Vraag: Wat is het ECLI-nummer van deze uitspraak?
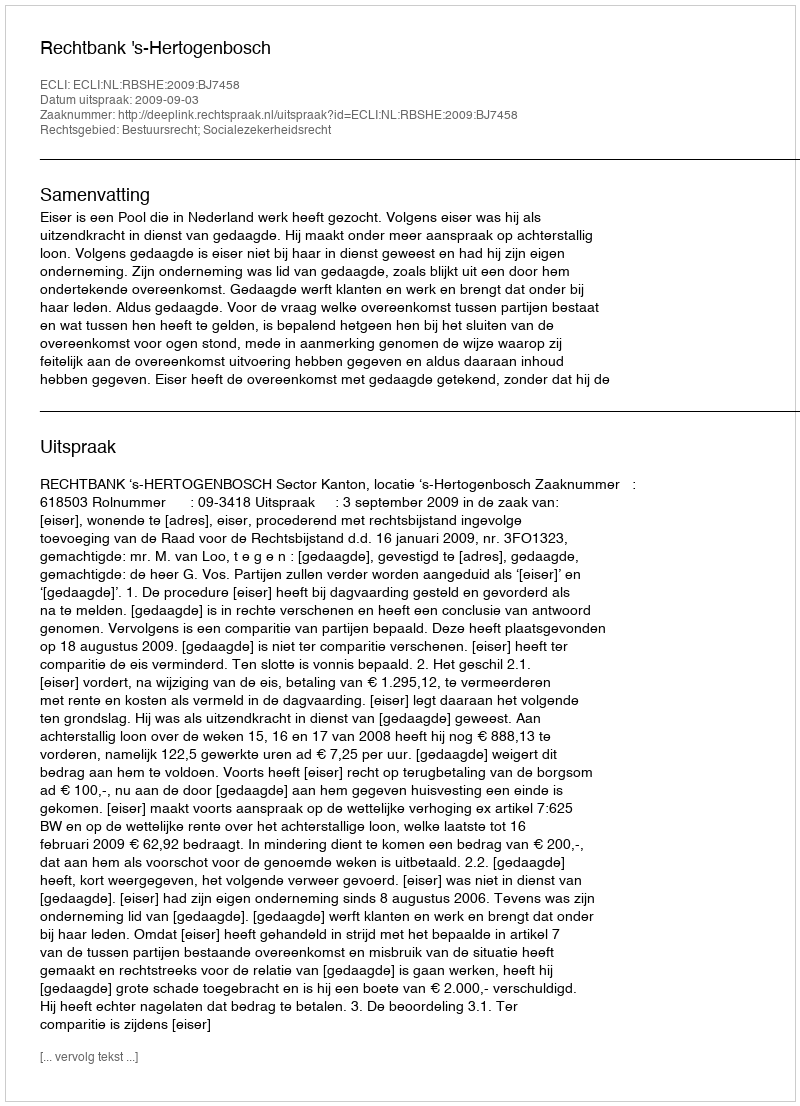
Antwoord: ECLI:NL:RBSHE:2009:BJ7458